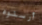
أرسلوه